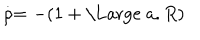
\stackrel { . } { \rho } = - ( 1 + \mathrm { \Large ~ a } . R )